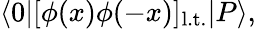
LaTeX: \langle 0|[\phi(x)\phi(-x)]_{\mathrm{l.t.}}|P\rangle,